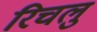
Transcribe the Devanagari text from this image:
रिचलु